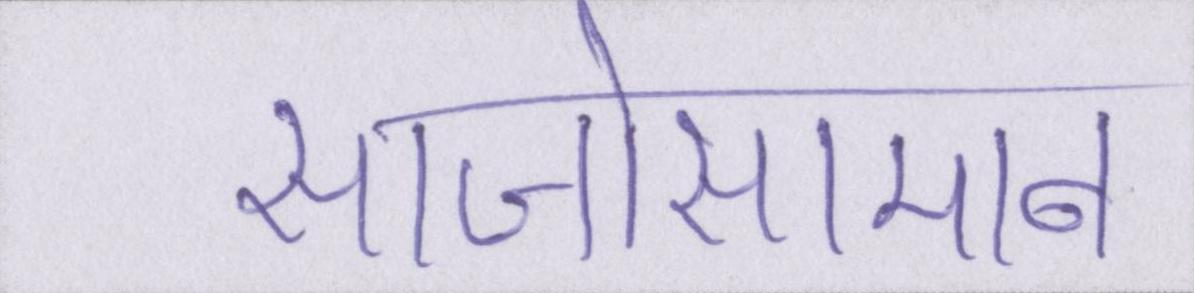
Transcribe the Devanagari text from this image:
साजोसामान